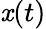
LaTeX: \mathit{x}(t)